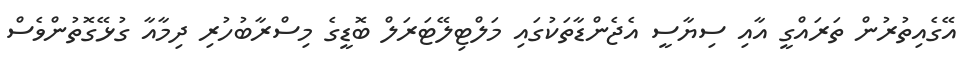
އޭގެއިތުރުން ތަރައްގީ އާއި ސިޔާސީ އެޖެންޑާތަކުގައި މަލްޓިލޭޓަރަލް ބޮޑީގެ މިސްރާބުހުރި ދިމާއާ ގުޅޭގޮތުންވެސް